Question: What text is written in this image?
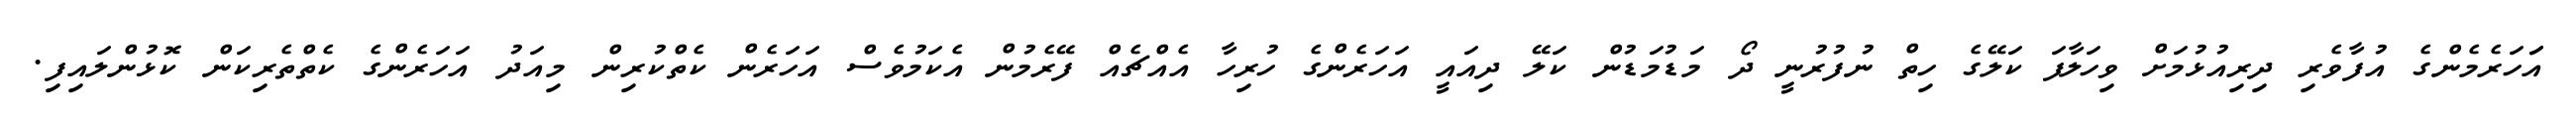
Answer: އަަހަރެމެންގެ އުފާވެރި ދިރިއުޅުމަށް ވިހަލާފަ ކަލޭގެ ހިތް ނުފުރުނީ ދޯ މަޑުމަޑުން ކަލޭ ދިއައީ އަހަރެންގެ ހުރިހާ އެއްޗެއް ފޭރެމުން އެކަމުވެސް އަހަރެން ކެތްކުރިން މިއަދު އަހަރެންގެ ކެތްތެރިކަން ކޮޅުންލައިފި.